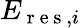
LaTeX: E_{\mathrm{~r~e~s~},i}